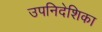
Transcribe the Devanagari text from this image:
उपनिदेशिका